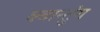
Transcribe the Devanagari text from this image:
क्वान्तुंग